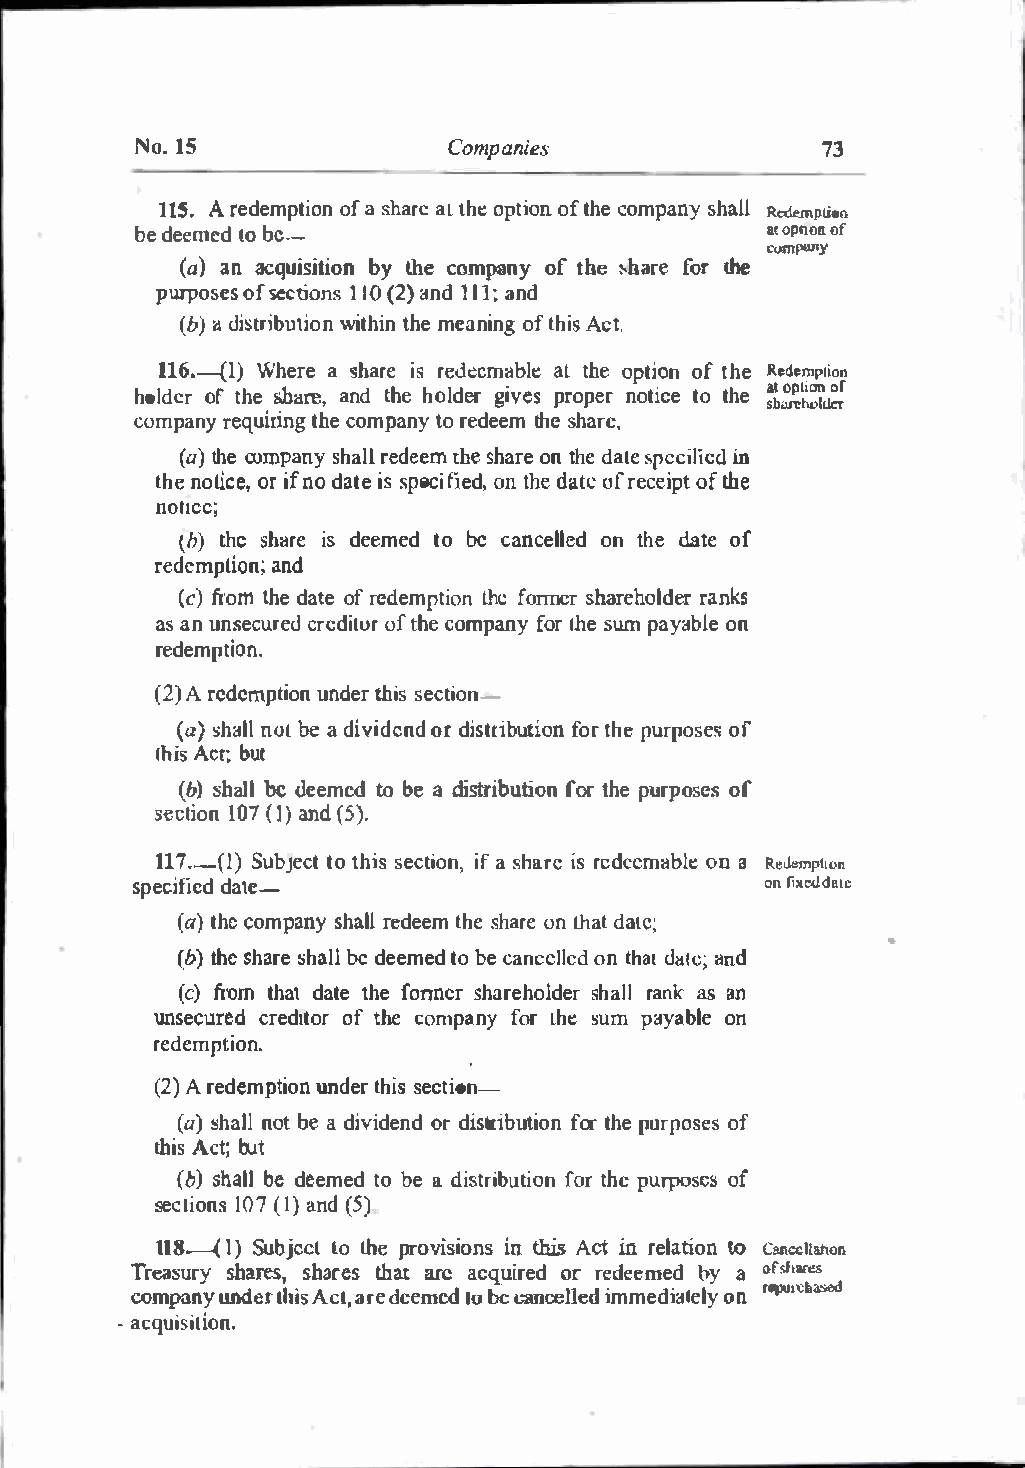
No.l5                Companies               73
 115.A redemptofia os nh aareLt hoep tioofnt h e comsphaanlyRl cdcm pLion
 bed eemeldob e--                          aot pnoofn
 cump1111y
 (a )a n acquisibtyi onth ec ompanyo ft he �hfaorr eth e
 purposeosf s ectio1nI s0 (2a)n d1 1;a1 n d
 (b a) d istriwbiutthiionn the ofmt ehaAincsit n.g
 116.-(W1h)e rae shariesr edl!cmaatbt lheeo ptioofnt he.R edemption
 �.:\:'�
 holdoefrt hesh �n-e, andt heh odler givepsr openro ticet het o
 comparneyq uirtihneg comtpoar neyd eetmhs eh are,
 (at)h ce ompasnhyar lelde etmh es haornet hdea l�ep cciinl icd
 thneo lice,o r if nos pdecatiti eeod n,it hsde atoefr eceoifpth te
 noucc;
 {b)th es hariesd eemetdo be cancelolne tdh eda teo f
 redcmplianodn ;
 (cf)r otmh de atoef r edempttiheof no rmer sharehodlerr anks
 asa n unseccrurceddoi flt uhcero mpanyf orl hseum payabolne
 redepmtion.
 (2A) r edemptuinond etrh isse ct-ion
 (as)h anlolbel ad ivideonrdd i sturtiiobfonr tphuer poosfes
 lhiAsc tb;u t
 (bs)ha llbe deemedto bea distribuftioortn hep urposoefs
 secti1o0n(7 Iand) ( 5).
 117.I--)S(u bjetcot tsheicst iiofans ,h arer eidse emoanba l Ree demption
 specidfaiteed-                            onli xoodatc
 (at)h ceo mpansyh arleld eetmh seh aorne lhdaatt e;
 •
 (bt)h es ha:;rheall be deemetdo cbaen ceolnlt ehaddl l:l lacn�d
 (c)  from thtahtef ondnactsreh arehoslhdaerlral n ask an
 unsecucrreedd totfot rh ec ompanfyo rL hesu mp ayabolne
 redemption.
 (2A) r edempuntideornt hsiesc tion-
 (a )s hanlotlb ea d ividoernd di stribuftorit ohnpe u rpoosfe s
 tihsA ctb;u t
 (bs)h ableld eemetdo ab de istribfuortt ihoepn u rposeso f
 seLcin os1 0(7I a)nd ( 5)
 118.-(I )S ubjecLtolh e provisiionnthis s Act in relatitoo nC ancc:llaMn
 Tresaurys hares, thsath arca reacsq uiror edr edeembeyd a ofdlares
 companyund er lhAisc la,rd ee emed1 0be cancelliemdm ediaolne rcp lu y1 l:hased
 .a cquisliion.